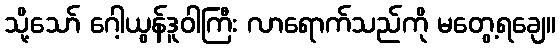
သို့သော် ဂေါ့ယွန်ဒူဝါကြီး လာရောက်သည်ကို မတွေ့ရချေ။